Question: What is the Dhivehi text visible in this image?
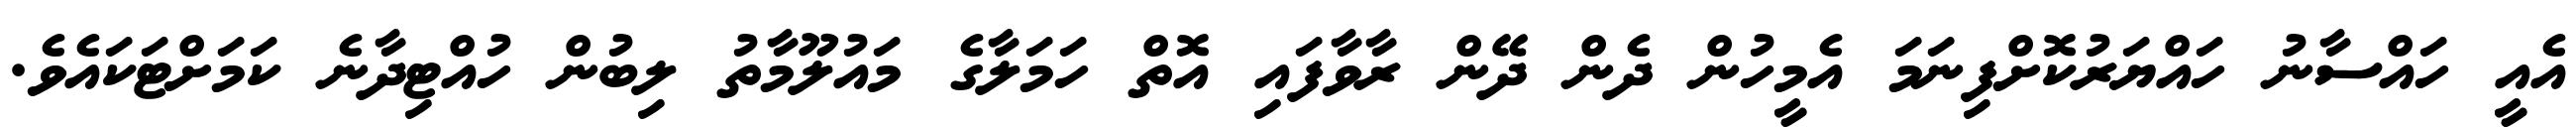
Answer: އެއީ ހައްސާނު ހައްޔަރުކޮށްފިނަމަ އެމީހުން ދެން ދޭން ރާވާފައި އޮތް ހަމަލާގެ މައުލޫމާތު ލިބުން ހުއްޓިދާނެ ކަމަށްޓަކައެވެ.